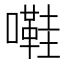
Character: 嚡